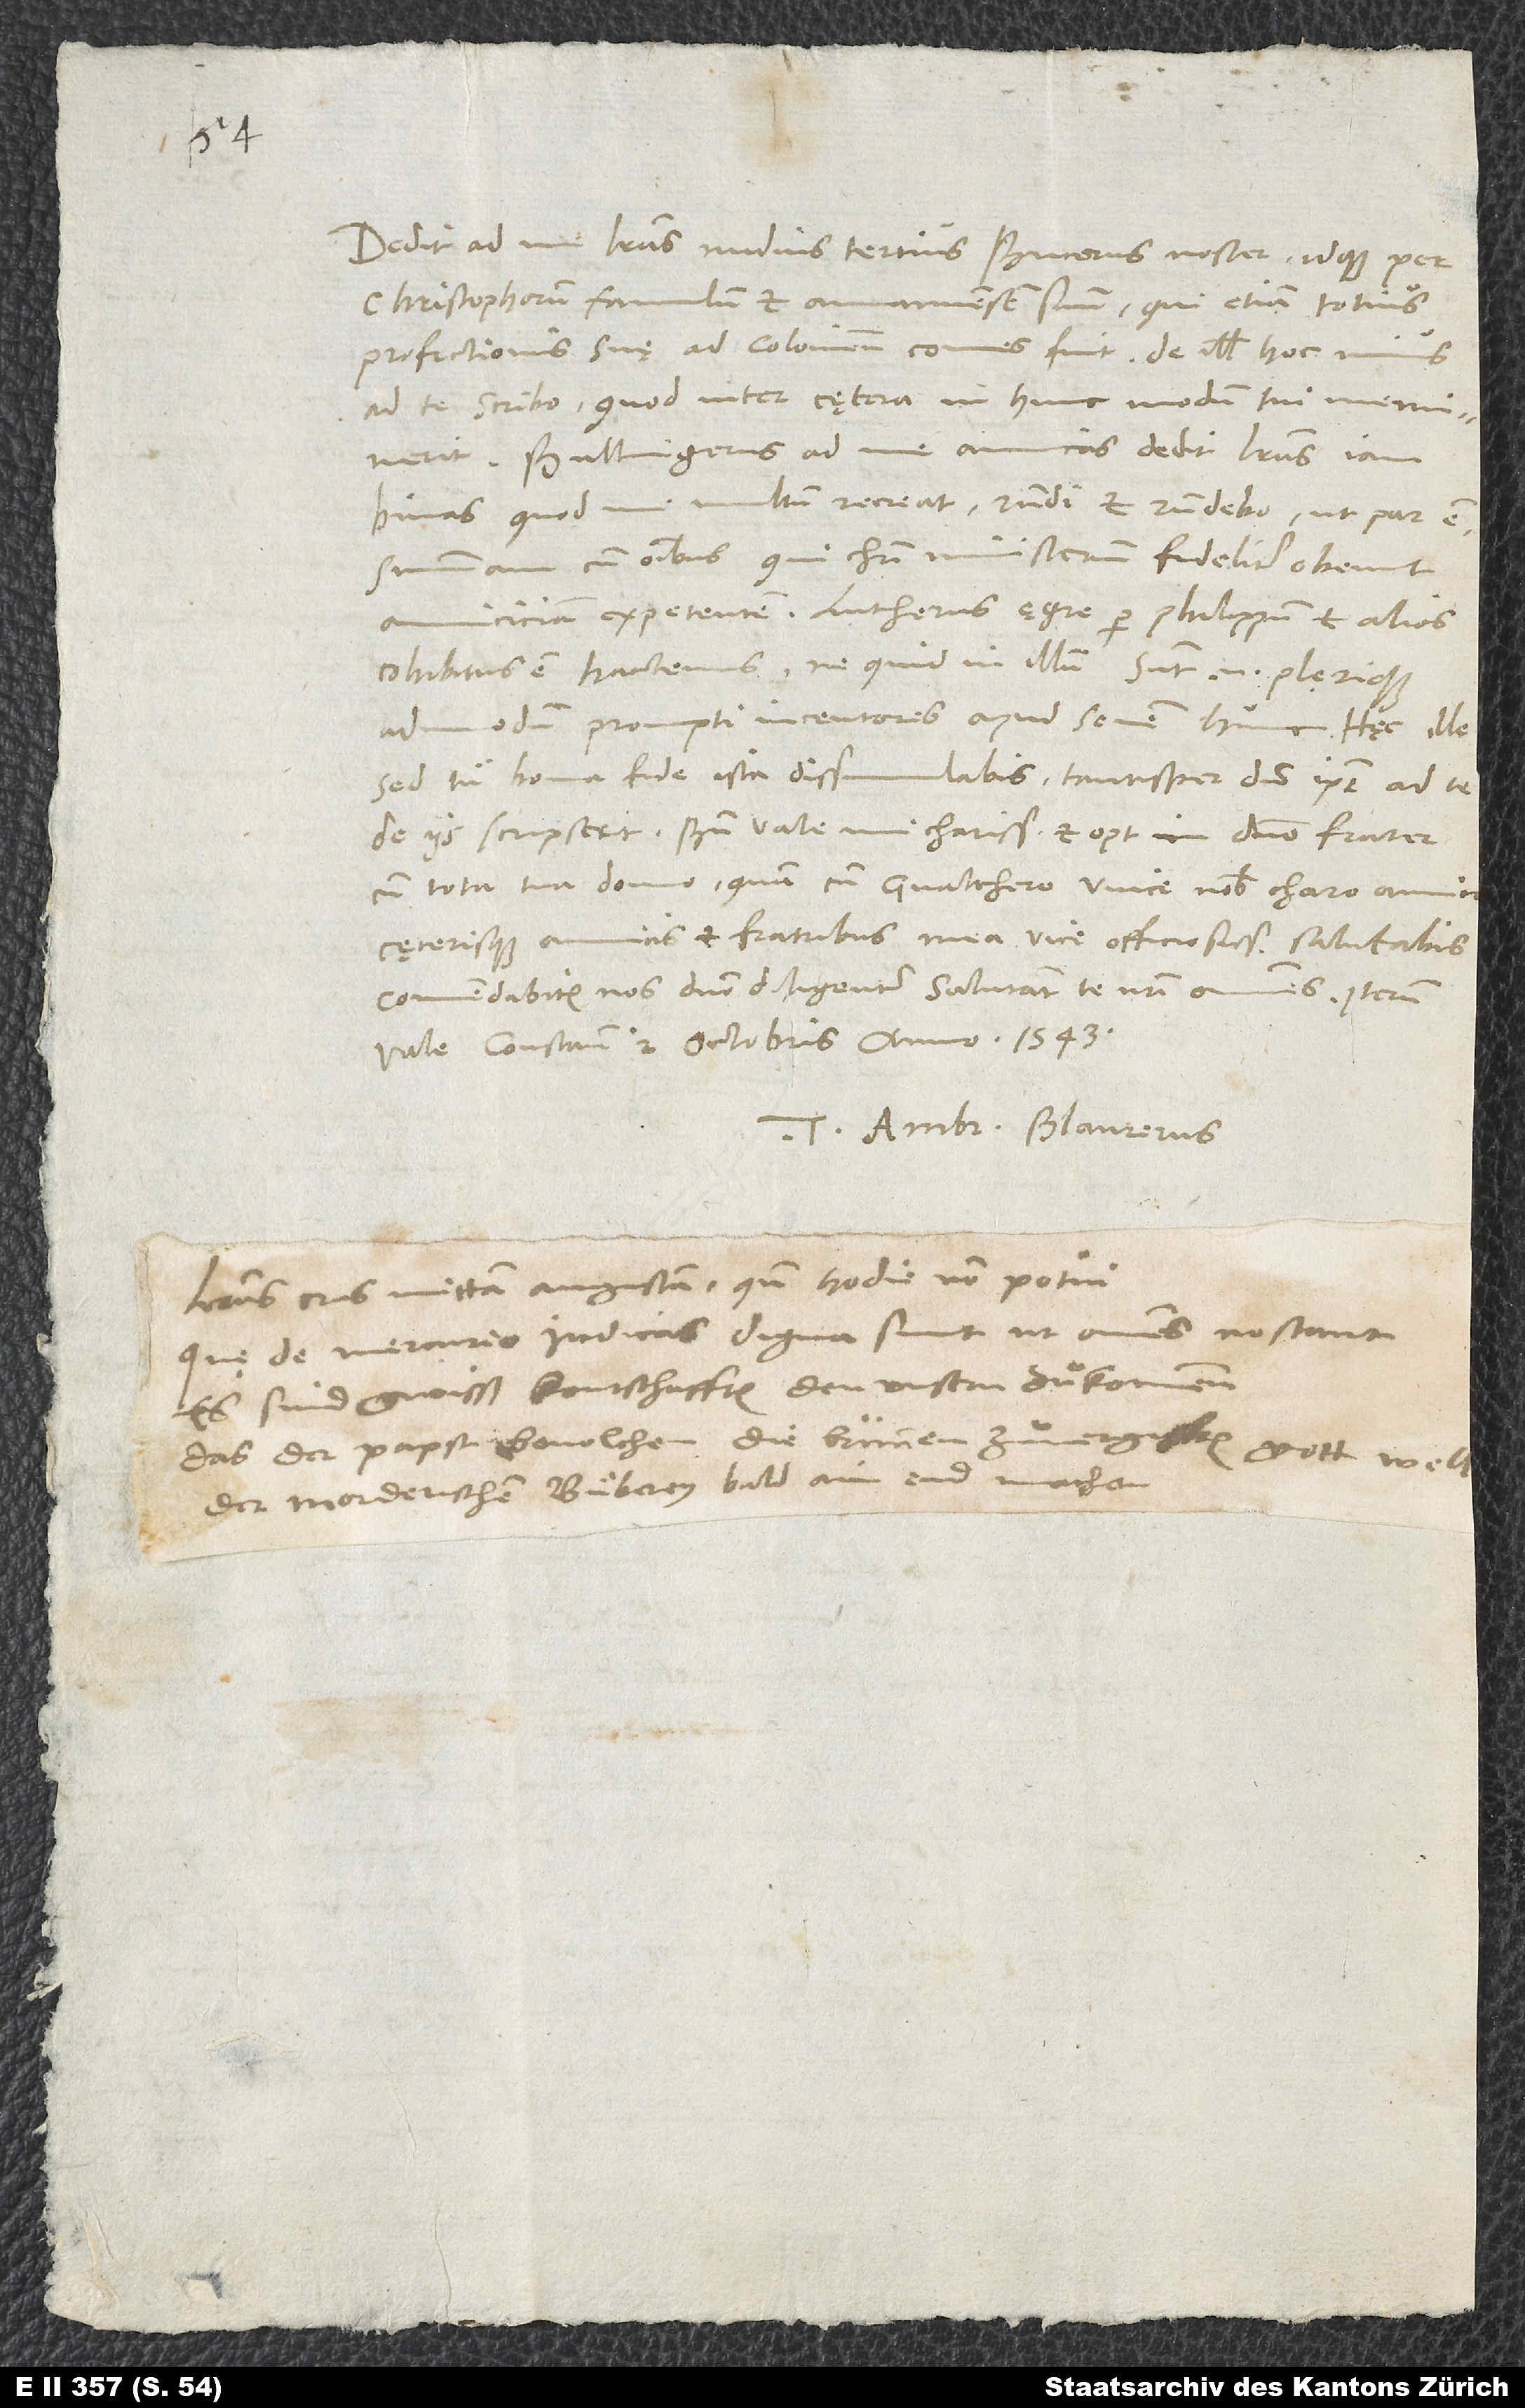
Dedit ad me literas nudius tertius Bucerus noster idque per
Christophorum, famulum et amanuensem suum, qui etiam totius
profectionis suę ad Coloniensem comes fuit. De illis hoc minus
ad te scribo, quod inter cętera in hunc modum tui meminerit:
„Bullingerus ad me amicas dedit literas iam
binas, quod me multum recreat. Respondi et respondebo, ut par est
summam cum omnibus, qui Christi ministerium fideliter obeunt,
amiciciam expetentem. Lutherus ęgre per Philippum et alios
cohibitus est hactenus, ne quid in illum; sunt enim plęrique
admodum prompti incentores apud senem hunc.“ Hęc ille.
Sed tu bona fide ista dissimulabis tantisper, dum ipse ad te
cum tota tua domo, quam cum Gvalthero, unice nobis charo amico,
cęterisque amicis et fratribus mea vice officiosissime salutabis.
Constantiae, 2. octobris anno 1543.
Tuus Ambr. Blaurerus.